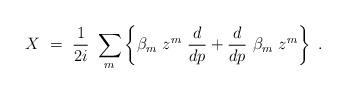
LaTeX: \begin{align*}X \ = \ {1\over 2i} \ \sum_m \left\{\beta_m \ z^m \ {d\over dp} + {d\over dp} \ \beta_m \ z^m\right\}\ .\end{align*}